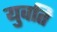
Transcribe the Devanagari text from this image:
युवति